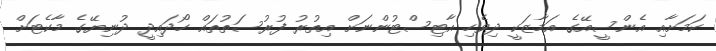
ކަމަށާއި އެންސީއޭގެ އަމާޒަކީ ދިވެހި އާޓިސްޓުންނަށް އިތުރު ފުރުސަތުތައް ހޯދައިދީ ދުނިޔޭގެ މާކެޓަށް